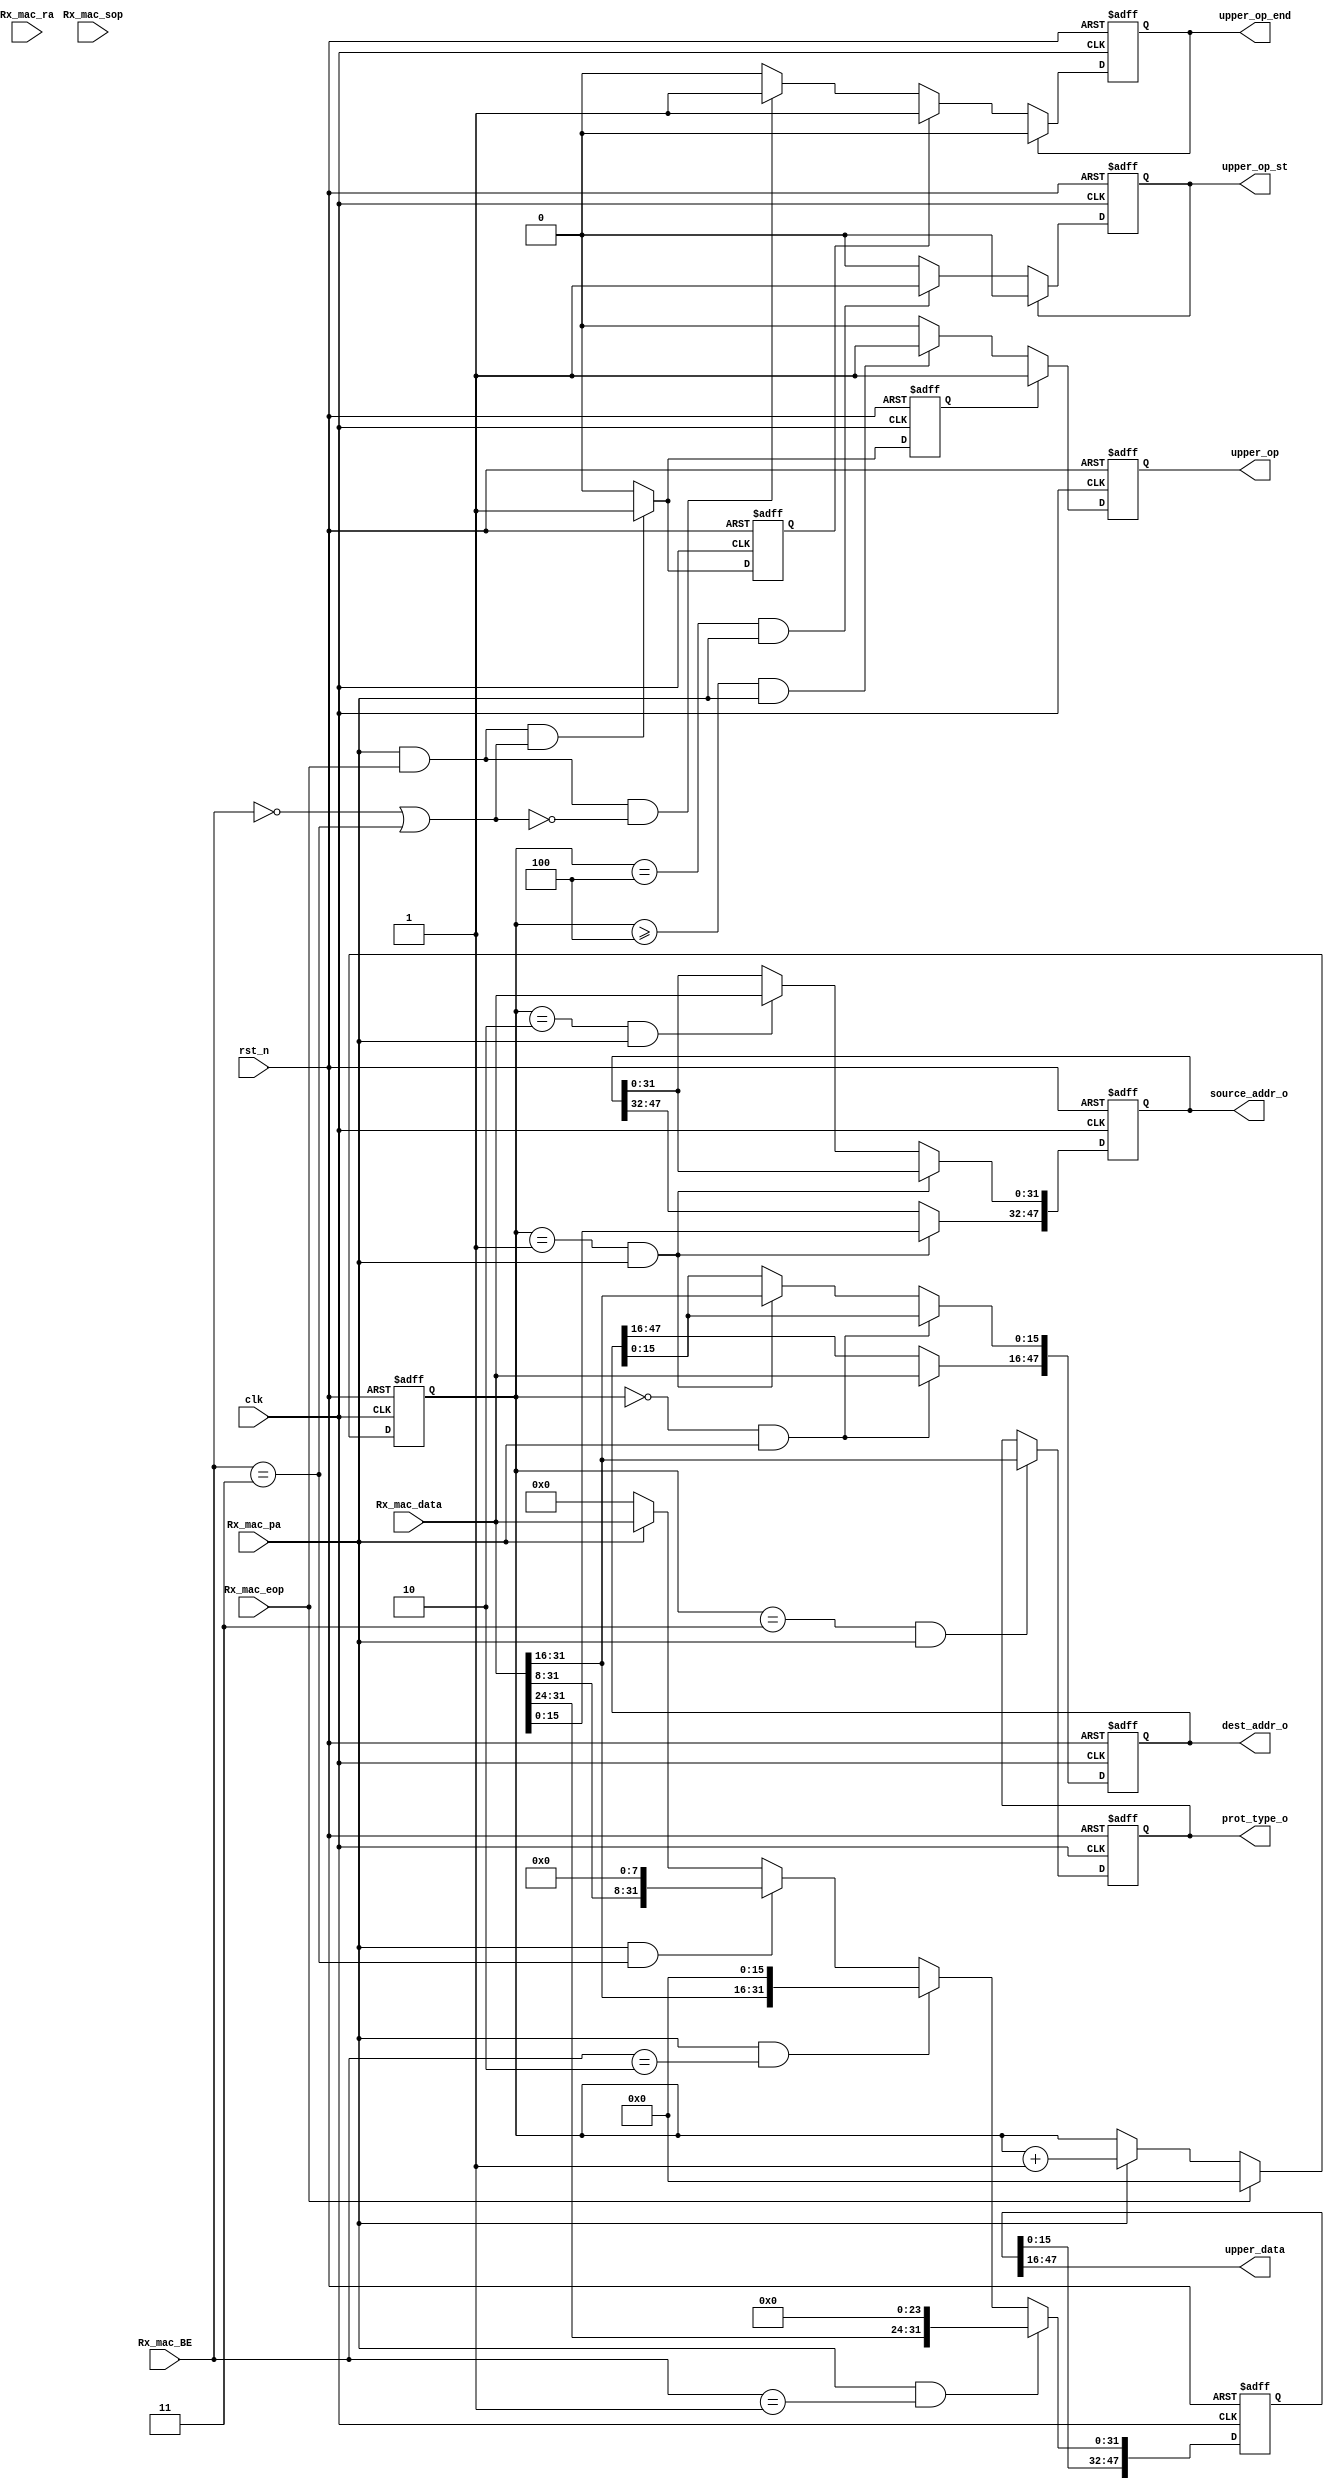
module data_layer
(
	input					clk
	,input				rst_n				

	,input				Rx_mac_ra               
	,input	[31:0]	Rx_mac_data             
	,input	[1:0]		Rx_mac_BE               
	,input				Rx_mac_pa               
	,input				Rx_mac_sop              
	,input				Rx_mac_eop

	,output				upper_op_st
	,output				upper_op
	,output				upper_op_end
	,output	[31:0]	upper_data

	,output	[47:0]	source_addr_o
	,output	[47:0]	dest_addr_o
	,output	[15:0]	prot_type_o
);

reg	[47:0]	destination_r;
reg	[47:0]	source_r;
reg	[15:0]	protocol_r;

reg	[15:0]	word_cnt;

reg				upper_op_start_r;
reg				upper_op_stop_r;
reg				upper_op_stop_hold_r;
reg				upper_op_r;
reg				upper_op_hold_r;
reg	[47:0]	upper_data_r;


//WORD COUNTER
always @(posedge clk or negedge rst_n)
	if (!rst_n) 								word_cnt <= 16'b0;
	else if (Rx_mac_eop)						word_cnt <= 16'b0;
//	else if (Rx_mac_eop & Rx_mac_pa)		word_cnt <= 16'b0;	
	else if (Rx_mac_pa)						word_cnt <= word_cnt + 1'b1;

//DESTINATION
always @(posedge clk or negedge rst_n)
	if (!rst_n) 									destination_r <= 48'b0;
	else if ((word_cnt == 0) & Rx_mac_pa)	destination_r[47:16] <= Rx_mac_data;
	else if ((word_cnt == 1) & Rx_mac_pa)	destination_r[15: 0] <= Rx_mac_data[31:16];

//SOURCE
always @(posedge clk or negedge rst_n)
	if (!rst_n) 									source_r <= 48'b0;
	else if ((word_cnt == 1) & Rx_mac_pa)	source_r[47:32] <= Rx_mac_data[15: 0];
	else if ((word_cnt == 2) & Rx_mac_pa)	source_r[31: 0] <= Rx_mac_data;

//PROTOCOL
always @(posedge clk or negedge rst_n)
	if (!rst_n) protocol_r <= 16'b0;
	else if ((word_cnt == 3) & Rx_mac_pa)	protocol_r <= Rx_mac_data[31:16];

//START IP PACKET
always @(posedge clk or negedge rst_n)
	if (!rst_n) 									upper_op_start_r <= 1'b0;
	else if (upper_op_start_r)					upper_op_start_r <= 1'b0;
	else if ((word_cnt == 4) & Rx_mac_pa)	upper_op_start_r <= 1'b1;
	
//STOP IP PACKET
always @(posedge clk or negedge rst_n)
	if (!rst_n) 									upper_op_stop_r <= 1'b0;
	else if (upper_op_stop_r)					upper_op_stop_r <= 1'b0;
	else if (upper_op_stop_hold_r)			upper_op_stop_r <= 1'b1;
	else if (Rx_mac_pa & Rx_mac_eop & !(Rx_mac_BE == 2'h0 | Rx_mac_BE == 2'h3))
														upper_op_stop_r <= 1'b1;
	
always @(posedge clk or negedge rst_n)
	if (!rst_n) 									upper_op_stop_hold_r <= 1'b0;
	else if (Rx_mac_pa & Rx_mac_eop & (Rx_mac_BE == 2'h0 | Rx_mac_BE == 2'h3))
														upper_op_stop_hold_r <= 1'b1;
	else 												upper_op_stop_hold_r <= 1'b0;

//RECEIVE DATA OPERATION
always @(posedge clk or negedge rst_n)
	if (!rst_n)										upper_op_r <= 1'b0;
	else if (upper_op_hold_r)					upper_op_r <= 1'b1;
	else if ((word_cnt >= 4) & Rx_mac_pa)	upper_op_r <= 1'b1;
	else 												upper_op_r <= 1'b0;
	
always @(posedge clk or negedge rst_n)
	if (!rst_n) 									upper_op_hold_r <= 1'b0;
	else if (Rx_mac_pa & Rx_mac_eop & (Rx_mac_BE == 2'h0 | Rx_mac_BE == 2'h3))
														upper_op_hold_r <= 1'b1;
	else 												upper_op_hold_r <= 1'b0;

//IP DATA OUT
always @(posedge clk or negedge rst_n)
	if (!rst_n) 									upper_data_r <= 48'b0;
	else if (Rx_mac_pa & Rx_mac_BE == 1)	upper_data_r <= {upper_data_r[15:0],  Rx_mac_data[31:24], 24'b0};
	else if (Rx_mac_pa & Rx_mac_BE == 2)	upper_data_r <= {upper_data_r[15:0],  Rx_mac_data[31:16], 16'b0};
	else if (Rx_mac_pa & Rx_mac_BE == 3)	upper_data_r <= {upper_data_r[15:0],  Rx_mac_data[31:8],   8'b0};
	else if (Rx_mac_pa)							upper_data_r <= {upper_data_r[15:0],  Rx_mac_data};
	else 												upper_data_r <= {upper_data_r[15:0],  32'b0};

//INOUTS
assign source_addr_o = source_r;
assign dest_addr_o 	= destination_r;
assign prot_type_o	= protocol_r;

assign upper_op_st	= upper_op_start_r;
assign upper_op  		= upper_op_r;
assign upper_op_end	= upper_op_stop_r;
assign upper_data 	= upper_data_r[47:16];
	

endmodule